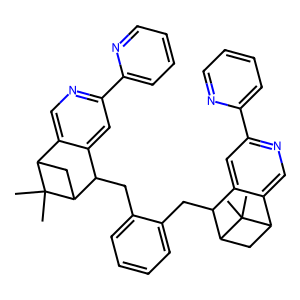
SMILES: CC1(C)C2CC1C(Cc1ccccc1CC1c3cc(-c4ccccn4)ncc3C3CC1C3(C)C)c1cc(-c3ccccn3)ncc12
Inhibits HIV replication: No